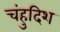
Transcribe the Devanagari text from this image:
चंहुदिश